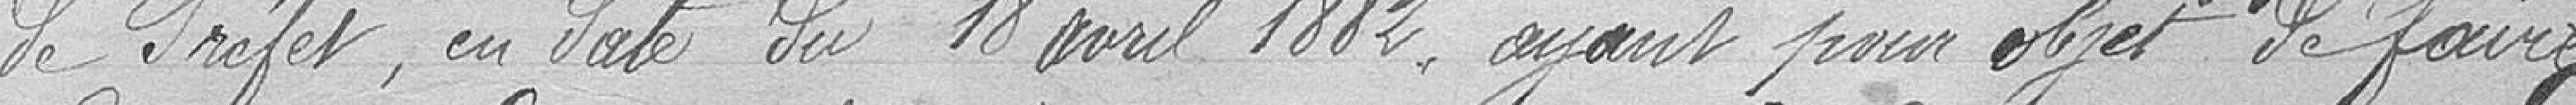
de Préfet, en date du 18 avril 1882, ayant pour objet de faire